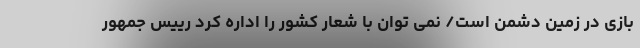
بازی در زمین دشمن است/ نمی توان با شعار کشور را اداره کرد رییس جمهور